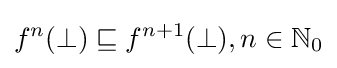
f^{n}(\bot )\sqsubseteq f^{n+1}(\bot ),n\in \mathbb {N} _{0}